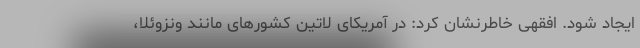
ایجاد شود. افقهی خاطرنشان کرد: در آمریکای لاتین کشورهای مانند ونزوئلا،